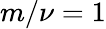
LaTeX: m/\nu=1